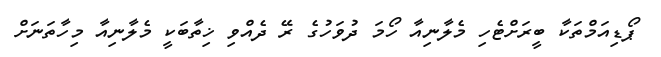
ޕޯޑިއަމްތަކާ ބީރަށްޓެހި މެލާނިއާ ހޯމަ ދުވަހުގެ ރޭ ދެއްވި ޚިތާބަކީ މެލާނިއާ މިހާތަނަށް